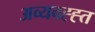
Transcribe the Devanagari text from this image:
अव्यवह्ह्त